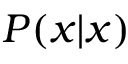
P ( x | x )